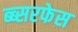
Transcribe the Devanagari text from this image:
ब्ब्सरफेस